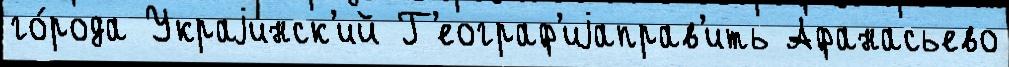
го́рода Украjинск'ий Г'еограф'иjаправ'ить Афанасьево